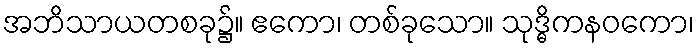
အဘိသာယတစခု၌။ ဧကော၊ တစ်ခုသော။ သုဒ္ဓိကနဝကော၊